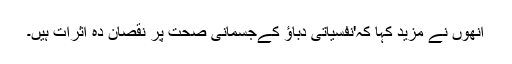
انھوں نے مزید کہا کہ'نفسیاتی دباؤ کےجسمانی صحت پر نقصان دہ اثرات ہیں۔